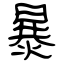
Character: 暴